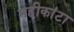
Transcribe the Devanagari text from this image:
महीकांटा